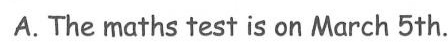
A.The maths test is on March 5th.